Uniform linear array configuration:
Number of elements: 12
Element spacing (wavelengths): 1
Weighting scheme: exponential
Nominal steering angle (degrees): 30
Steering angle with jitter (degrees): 29.653
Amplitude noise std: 0.05
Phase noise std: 0.05

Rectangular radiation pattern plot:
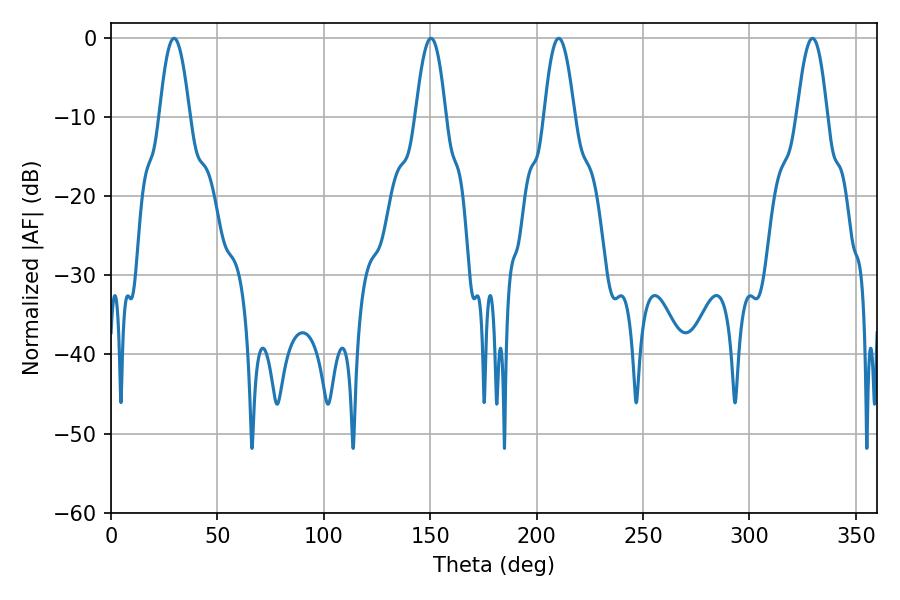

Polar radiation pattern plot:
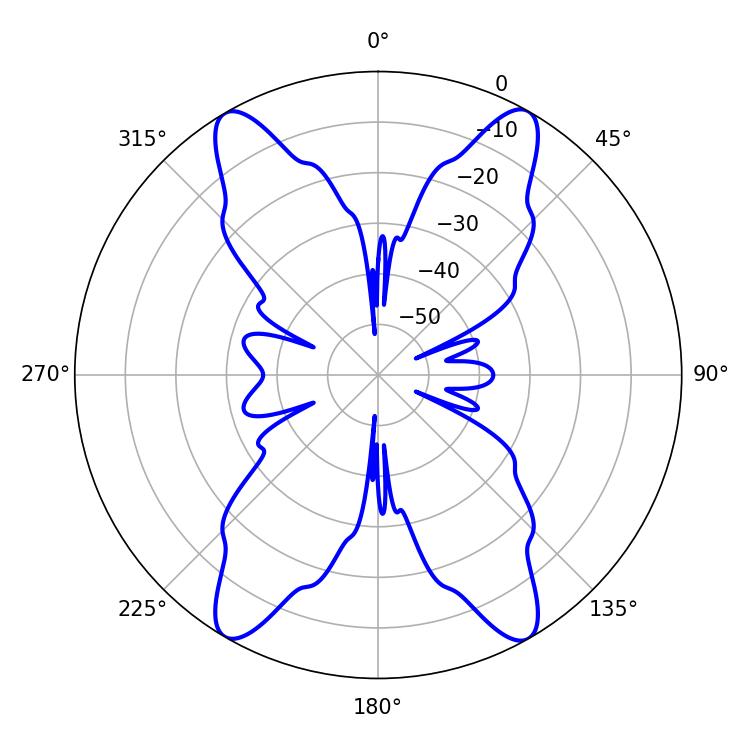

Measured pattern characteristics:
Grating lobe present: TRUE
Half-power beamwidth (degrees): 7.74
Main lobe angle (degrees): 210.42